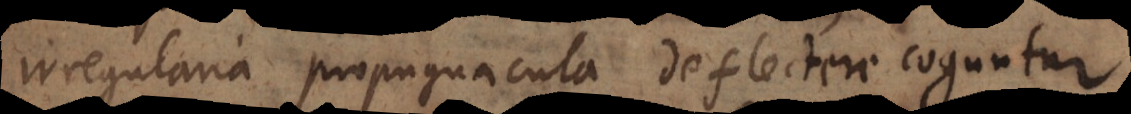
irregularia propugnacula deflectere coguntur.